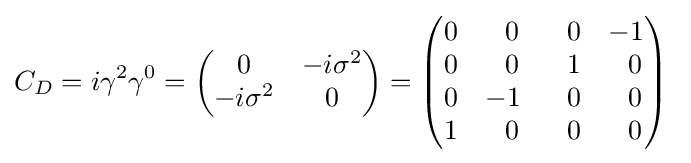
C_{D}=i\gamma ^{2}\gamma ^{0}={\begin{pmatrix}0&-i\sigma ^{2}\\-i\sigma ^{2}&0\end{pmatrix}}={\begin{pmatrix}0&~~0&~~0&-1\\0&~~0&~~1&~~0\\0&-1&~~0&~~0\\1&~~0&~~0&~~0\end{pmatrix}}~